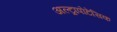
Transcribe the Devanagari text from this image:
अल्ट्रापोटेसिक